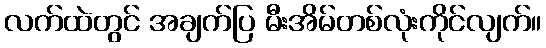
လက်ထဲတွင် အချက်ပြ မီးအိမ်တစ်လုံးကိုင်လျက်။